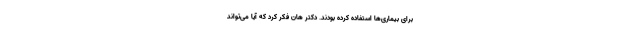
برای بیماری‌ها استفاده کرده بودند. دکتر هان فکر کرد که آیا می‌تواند